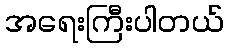
အရေးကြီးပါတယ်